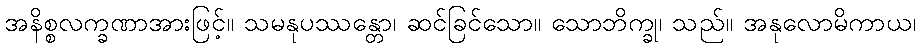
အနိစ္စလက္ခဏာအားဖြင့်။ သမနုပဿန္တော၊ ဆင်ခြင်သော။ သောဘိက္ခု၊ သည်။ အနုလောမိကာယ၊